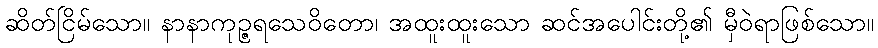
ဆိတ်ငြိမ်သော။ နာနာကုဉ္ဇရသေဝိတော၊ အထူးထူးသော ဆင်အပေါင်းတို့၏ မှီဝဲရာဖြစ်သော။